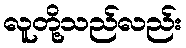
လူတို့သည်လည်း